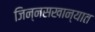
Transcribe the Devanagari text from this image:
जिन्नसखान्यात